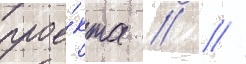
прое́кта   //